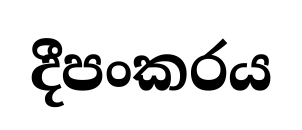
දීපංකරය